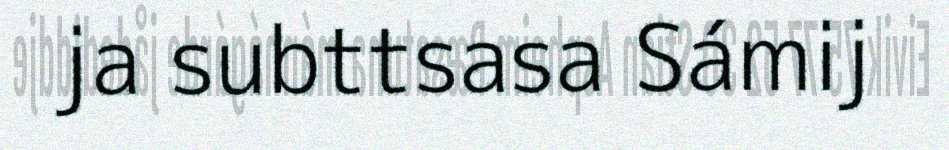
ja subttsasa Sámij